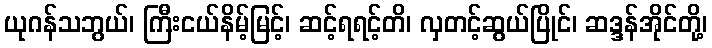
ယုဂန်သဘွယ်၊ ကြီးငယ်နိမ့်မြင့်၊ ဆင့်ရရင့်တိ၊ လှတင့်ဆွယ်ပြိုင်၊ ဆဒ္ဒန်အိုင်တို့၊